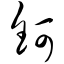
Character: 钶